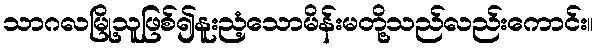
သာဂလမြို့သူဖြစ်၍နူးညံ့သောမိန်းမတို့သည်လည်းကောင်း။